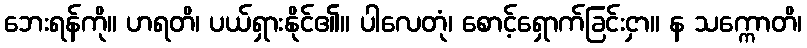
ဘေးရန်ကို။ ဟရတိ၊ ပယ်ရှားနိုင်၏။ ပါလေတုံ၊ စောင့်ရှောက်ခြင်းငှာ။ န သက္ကောတိ၊